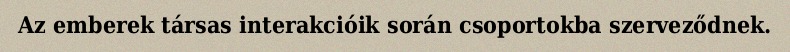
Az emberek társas interakcióik során csoportokba szerveződnek.